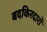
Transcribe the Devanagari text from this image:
बदकिरदारों